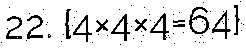
22. {4×4×4=64}